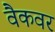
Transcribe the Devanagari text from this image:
वैकवर